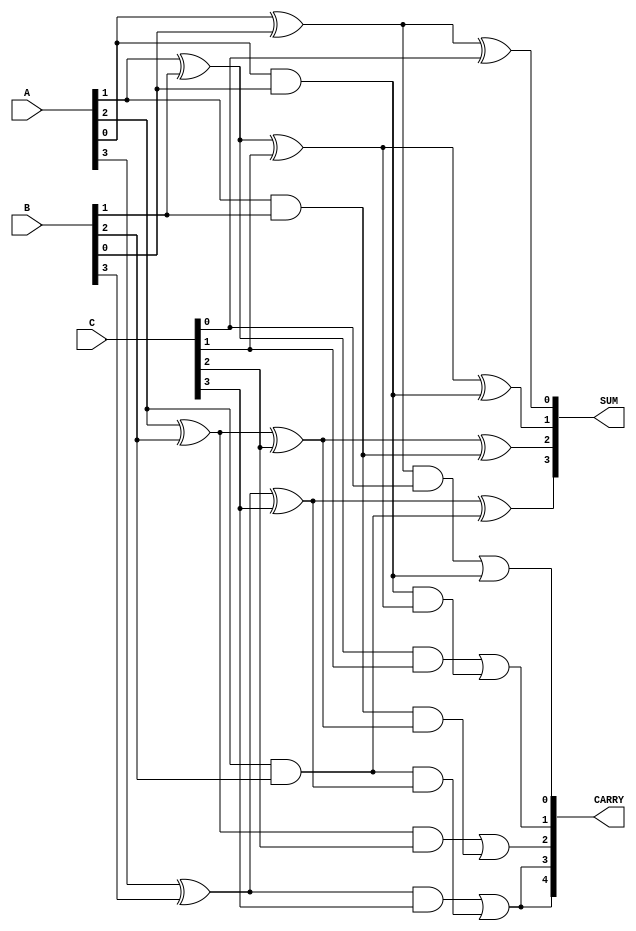
module dynamic_carry_save_adder #(
    parameter WIDTH = 4 // Specify the bit-width, e.g., 4, 8, 16 bits
) (
    input [WIDTH-1:0] A,
    input [WIDTH-1:0] B,
    input [WIDTH-1:0] C,
    output [WIDTH-1:0] SUM,
    output [WIDTH:0] CARRY // Carry output can be one bit wider than the input
);

    wire [WIDTH-1:0] sum1, sum2;
    wire [WIDTH:0] carry1, carry2;

    // First stage of full adders
    genvar i;
    generate
        for (i = 0; i < WIDTH; i = i + 1) begin : full_adder_stage1
            // Full Adder logic for A, B, and 1-bit carry input initialized to 0
            assign sum1[i] = A[i] ^ B[i] ^ 1'b0; // Sum of A and B
            assign carry1[i] = (A[i] & B[i]) | (B[i] & 1'b0) | (A[i] & 1'b0); // Carry of A and B
        end
    endgenerate

    // Second stage of full adders with carry from the previous stage
    generate
        for (i = 0; i < WIDTH; i = i + 1) begin : full_adder_stage2
            if (i == 0) begin
                // For the least significant bit, use the output carry from the first stage
                assign sum2[i] = sum1[i] ^ C[i]; // Sum of previous sum and C
                assign carry2[i] = (sum1[i] & C[i]) | carry1[i]; // Carry generation
            end else begin
                // For all other bits
                assign sum2[i] = sum1[i] ^ C[i] ^ carry1[i-1]; // Sum
                assign carry2[i] = (sum1[i] & C[i]) | (carry1[i-1] & (sum1[i] ^ C[i])); // Carry
            end
        end
    endgenerate

    // Final carry output
    assign CARRY = {carry2[WIDTH-1], carry2[WIDTH-1:0]};
    
    // Final sum output
    assign SUM = sum2; // Output sum after processing

endmodule